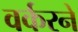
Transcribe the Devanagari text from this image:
वर्करने